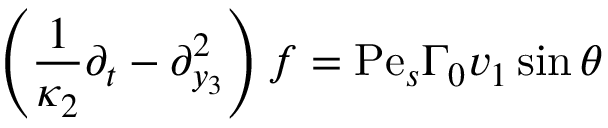
\left( \frac { 1 } { \kappa _ { 2 } } \partial _ { t } - \partial _ { y _ { 3 } } ^ { 2 } \right) f = \mathrm { P e } _ { s } \Gamma _ { 0 } v _ { 1 } \sin \theta